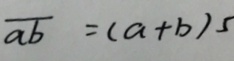
\overline { a b } = ( a + b ) 5